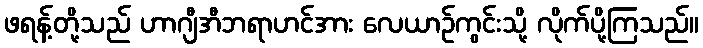
ဖရန့်တို့သည် ဟာဂျီအီဘရာဟင်အား လေယာဉ်ကွင်းသို့ လိုက်ပို့ကြသည်။